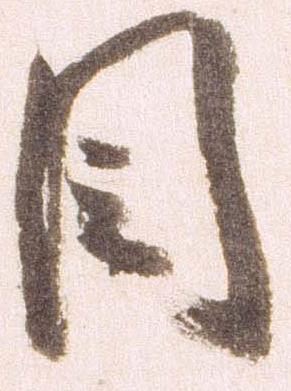
目